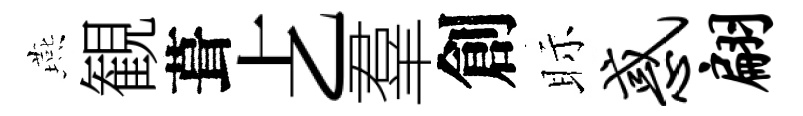
燕観葺𠧒羣創眎惑翩